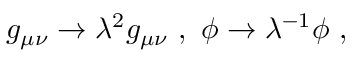
g _ { \mu \nu } \rightarrow \lambda ^ { 2 } g _ { \mu \nu } ~ , ~ \phi \rightarrow \lambda ^ { - 1 } \phi ~ , ~ \,